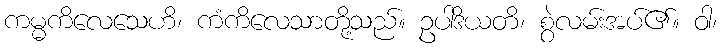
ကမ္မကိလေသေဟိ၊ ကံကိလေသာတို့သည်။ ဥပါဒိယတိ၊ စွဲလမ်းအပ်၏။ ဝါ၊